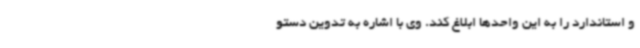
و استاندارد را به این واحدها ابلاغ کند. وی با اشاره به تدوین دستو